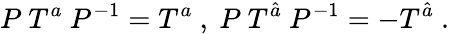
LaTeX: P~T^{a}~P^{-1}=T^{a}~,~P~T^{\hat{a}}~P^{-1}=-T^{\hat{a}}~.~\,